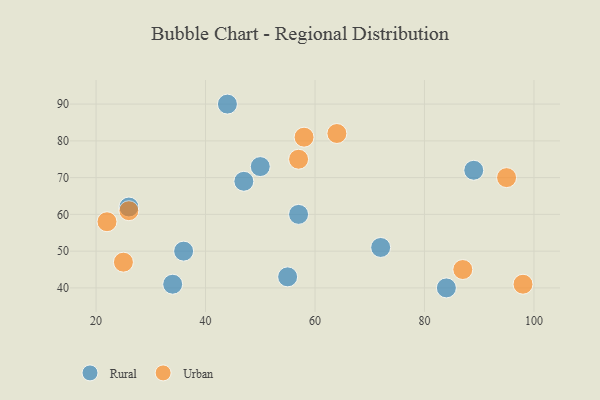
{"axis": {"x": "GDP", "y": "Life Expectancy"}, "legend": ["Rural", "Urban"], "data": [{"x": "84", "y": 40, "type": "Rural"}, {"x": "50", "y": 73, "type": "Rural"}, {"x": "55", "y": 43, "type": "Rural"}, {"x": "89", "y": 72, "type": "Rural"}, {"x": "47", "y": 69, "type": "Rural"}, {"x": "34", "y": 41, "type": "Rural"}, {"x": "57", "y": 60, "type": "Rural"}, {"x": "44", "y": 90, "type": "Rural"}, {"x": "36", "y": 50, "type": "Rural"}, {"x": "72", "y": 51, "type": "Rural"}, {"x": "26", "y": 62, "type": "Rural"}, {"x": "64", "y": 82, "type": "Urban"}, {"x": "57", "y": 75, "type": "Urban"}, {"x": "87", "y": 45, "type": "Urban"}, {"x": "98", "y": 41, "type": "Urban"}, {"x": "26", "y": 61, "type": "Urban"}, {"x": "25", "y": 47, "type": "Urban"}, {"x": "58", "y": 81, "type": "Urban"}, {"x": "95", "y": 70, "type": "Urban"}, {"x": "22", "y": 58, "type": "Urban"}]}